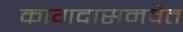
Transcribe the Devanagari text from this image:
कागदासमवेत